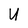
Character: U